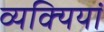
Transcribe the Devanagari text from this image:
व्यक्यियां